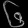
Digit: ၆